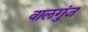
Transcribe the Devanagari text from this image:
वालगुंज